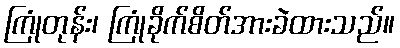
ကြုံတုန်း၊ ကြုံခိုက်စိတ်အားခဲထားသည်။